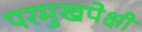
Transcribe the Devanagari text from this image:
परमुखपेक्षी